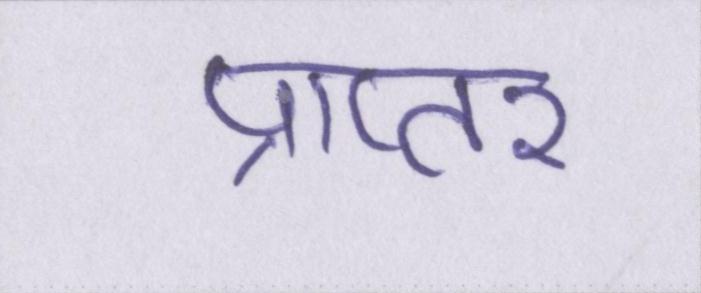
प्राप्तर